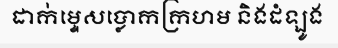
ដាក់ម្ទេសប្លោកក្រហម និងដំឡូង